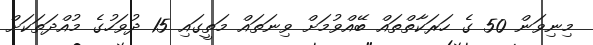
މިނިވަން 50 ގެ ހަރަކާތްތައް ބޭއްވުމަށް ވިނަތައް މަތީގައި 15 ދުވަހުގެ މުއްދަތަކަށް